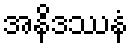
အနိဒဿနံ